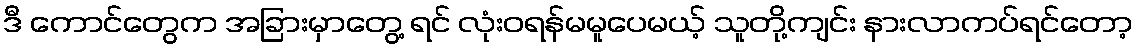
ဒီ ကောင်တွေက အခြားမှာတွေ့ ရင် လုံးဝရန်မမူပေမယ့် သူတို့ကျင်း နားလာကပ်ရင်တော့